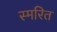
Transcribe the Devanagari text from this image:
स्मरित